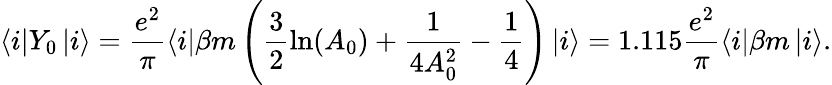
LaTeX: \left\langle i\right|Y_{0}\left|i\right\rangle=\frac{e^{2}}\pi\left\langle i\right|\beta m\left(\frac 32\ln(A_{0})+\frac 1{4A_{0}^{2}}-\frac 14\right)\left|i\right\rangle=1.115\frac{e^{2}}\pi\left\langle i\right|\beta m\left|i\right\rangle.